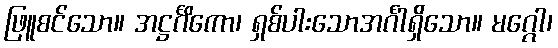
ဖြူစင်သော။ အဋ္ဌင်္ဂိကော၊ ရှစ်ပါးသောအင်္ဂါရှိသော။ မဂ္ဂေါ၊